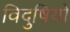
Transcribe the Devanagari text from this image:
विदुषियो